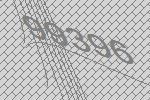
99396